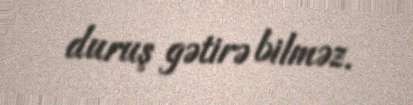
duruş gətirə bilməz.